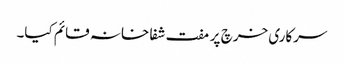
سرکاری خرچ پر مفت شفا خانہ قائم کیا۔